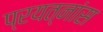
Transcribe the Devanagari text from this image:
प्रयत्नांस